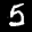
Label: 5